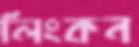
লিংকন